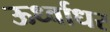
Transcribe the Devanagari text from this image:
ऊर्ध्‍वाधर